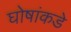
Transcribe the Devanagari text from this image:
घोषांकडे